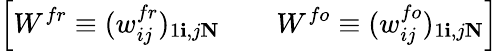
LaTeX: \left[W^{fr}\equiv(w_{ij}^{fr})_{1\le i,j\le N}\quad\quad W^{fo}\equiv(w_{ij}^{fo})_{1\le i,j\le N}\right]